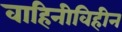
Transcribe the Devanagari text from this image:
वाहिनीविहीन